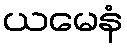
ယမေနံ